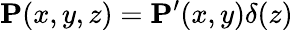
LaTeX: \mathbf{P}(x,y,z)=\mathbf{P}^{\prime}(x,y)\delta(z)